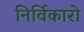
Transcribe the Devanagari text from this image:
निर्विकारो